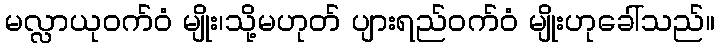
မလ္လာယုဝက်ဝံ မျိုး၊သို့မဟုတ် ပျားရည်ဝက်ဝံ မျိုးဟုခေါ်သည်။